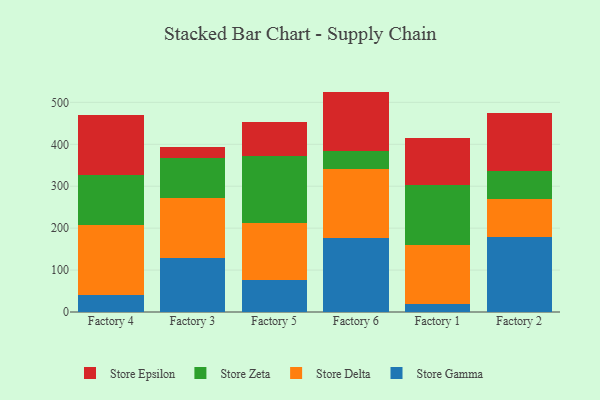
{"axis": {"x": "Factory", "y": "Population (Million)"}, "legend": ["Store Delta", "Store Epsilon", "Store Gamma", "Store Zeta"], "data": [{"x": "Factory 4", "y": 40.9, "type": "Store Gamma"}, {"x": "Factory 4", "y": 167.4, "type": "Store Delta"}, {"x": "Factory 4", "y": 118.9, "type": "Store Zeta"}, {"x": "Factory 4", "y": 142.7, "type": "Store Epsilon"}, {"x": "Factory 3", "y": 128.6, "type": "Store Gamma"}, {"x": "Factory 3", "y": 142.5, "type": "Store Delta"}, {"x": "Factory 3", "y": 96.3, "type": "Store Zeta"}, {"x": "Factory 3", "y": 26.9, "type": "Store Epsilon"}, {"x": "Factory 5", "y": 75.3, "type": "Store Gamma"}, {"x": "Factory 5", "y": 136.9, "type": "Store Delta"}, {"x": "Factory 5", "y": 160.3, "type": "Store Zeta"}, {"x": "Factory 5", "y": 81.8, "type": "Store Epsilon"}, {"x": "Factory 6", "y": 177.2, "type": "Store Gamma"}, {"x": "Factory 6", "y": 164.1, "type": "Store Delta"}, {"x": "Factory 6", "y": 42.0, "type": "Store Zeta"}, {"x": "Factory 6", "y": 142.4, "type": "Store Epsilon"}, {"x": "Factory 1", "y": 18.2, "type": "Store Gamma"}, {"x": "Factory 1", "y": 141.5, "type": "Store Delta"}, {"x": "Factory 1", "y": 143.7, "type": "Store Zeta"}, {"x": "Factory 1", "y": 110.7, "type": "Store Epsilon"}, {"x": "Factory 2", "y": 179.9, "type": "Store Gamma"}, {"x": "Factory 2", "y": 90.1, "type": "Store Delta"}, {"x": "Factory 2", "y": 66.1, "type": "Store Zeta"}, {"x": "Factory 2", "y": 139.7, "type": "Store Epsilon"}]}